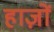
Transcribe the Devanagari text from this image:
हाज़ों